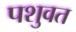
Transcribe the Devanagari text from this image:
पशुवत